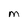
Character: M